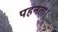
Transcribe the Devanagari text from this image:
पहनता।